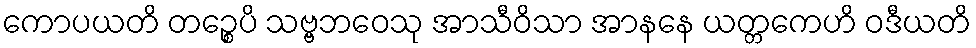
ကောပယတိ တဉ္စေပိ သဗ္ဗဘဝေသု အာသီဝိသာ အာနနေ ယတ္တကေဟိ ဝဒီယတိ